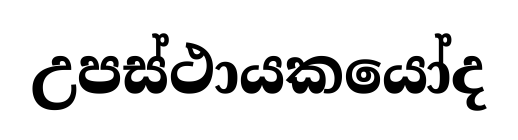
උපස්ථායකයෝද